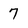
Character: 7